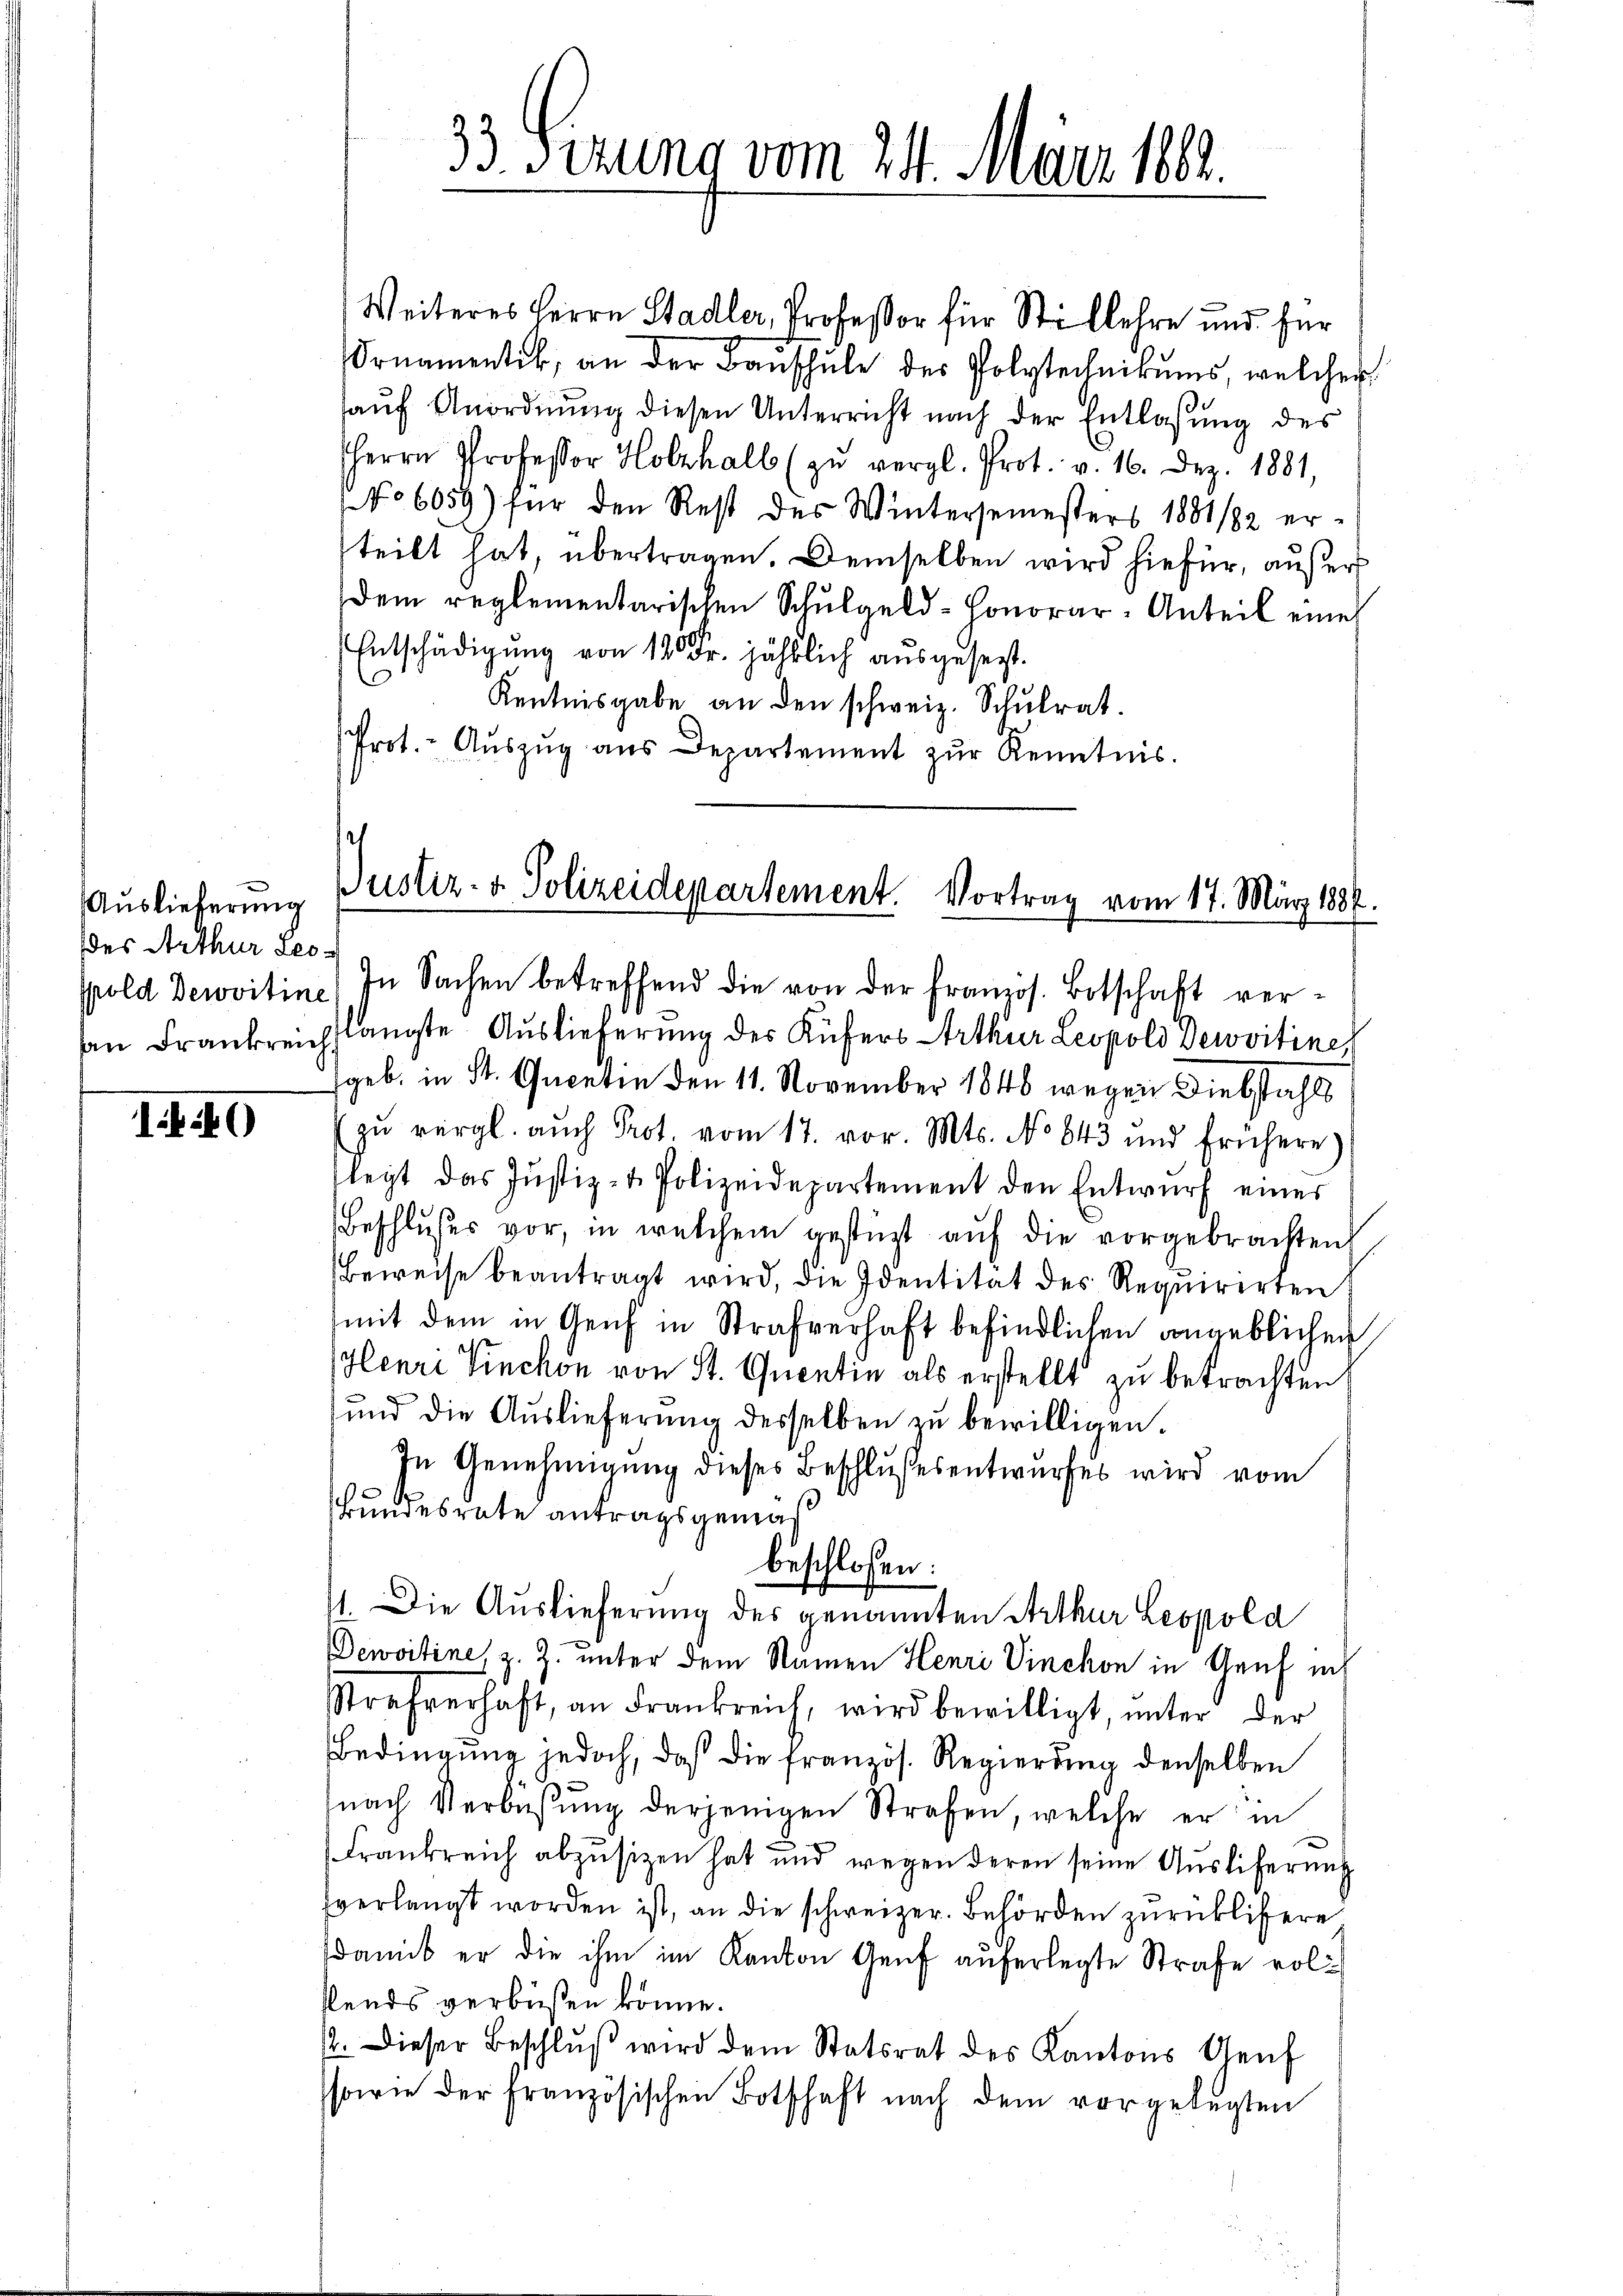
Auslieferung
des Arthur Leo¬
Prold Dewvitine

149

33. Sezung vom 24. März 1882.

Weiteres Herrn Stadler, Professor für Stillehre und für
Ornamentik, an der Bauschŭle des Polytechnikums, welcher
aŭf Anordnung diesen Unterricht nach der Entlassung des
HHerr Professor Holzhall (zŭ vergl. Prot. v. 16. Dez. 1881,
No 6059) für den Rest des Wintersemesters 1881/82 er-
teilt hat, übertragen. Demselben wird hiefür, außer
dem reglementarischen Schŭlgeld-Conorar-Anteil eine
Entschädigung von 120 Fr. jährlich ausgesezt.
Kentnisgabe an den schweiz. Schŭlrat.
Prot. - Aŭszŭg ans Departement zŭr Kenntnis.

.
Justiz- & Polizeidepartement. Vortrag vom 17. März 1887.
In Sachen betreffend die von der französ. Botschaft ver¬

an Frankreich langte Auslieferung des Küfers Irthur Leopold Dewvitiner
geb. in St. Quentin den 11. November 1846 wegen Diebstahls
zŭ vergl. auch Prot. vom 17. vor. Mts. No 643 und frühere
legt das Justiz- & Polizeidepartement den Entwŭrf eines
Beschlŭsses vor, in welchem gestüzt aŭf die vorgebrachten
Beweise beantragt wird, die Identität des Requirirten
(mit dem in Genf in Strafverhaft befindlichen angeblichen
Henri Vinchon von St. Quentin als erstellt zu betrachten,
und die Auslieferung desselben zu bewilligen.
In Genehmigung dieses Beschlußesentwurfes wird vom
Bundesrate antragsgemäß
beschlossen:
11. Die Auslieferung des genannten Arthur Leopold
Dewvitine, z. Z. unter dem Namen Henri Vinchon in Genf ich
Strafverhaft, an Frankreich, wird bewilligt, ŭnter der
Bedingung jedoch, daß die französ. Regierung denselben
nach Verbüsŭng derjenigen Strafen, welche er in
Frankreich abzŭsizen hat und wegen deren seine Aŭsliferung
verlangt worden ist, an die schweizer. Behörden zurücklisere
damit er die ihm im Kanton Genf auferlegte Strafe volslends verbüßen könne.
12. Dieser Beschlŭβ wird dem Statsrat des Kantons Genf
sowie der französischen Botschaft nach dem vorgelegten